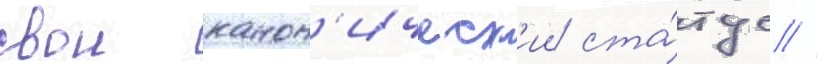
свои канон'ическ'ии ста́тус //